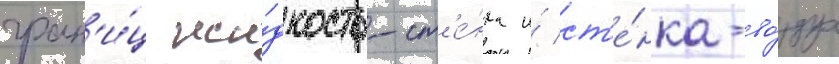
гран'и́ц жи́дкость-ст'е́нка и́ ст'е́нка-во́здух